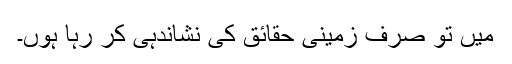
میں تو صرف زمینی حقائق کی نشاندہی کر رہا ہوں۔